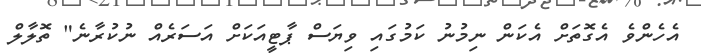
އެހެންވެ އެގޮތަށް އެކަން ނިމުނު ކަމުގައި ވިޔަސް ޕާޓީއަކަށް އަސަރެއް ނުކުރާނެ" ތޮލާލް